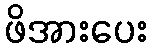
ဖိအားပေး